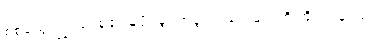
စစ်သွေးကြွအုပ်စု၏ မူပိုင်ခွင့်အခွင့်အရေးများကို အိုင်းရွန်း ၉၀၇